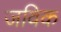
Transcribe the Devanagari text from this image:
जविक